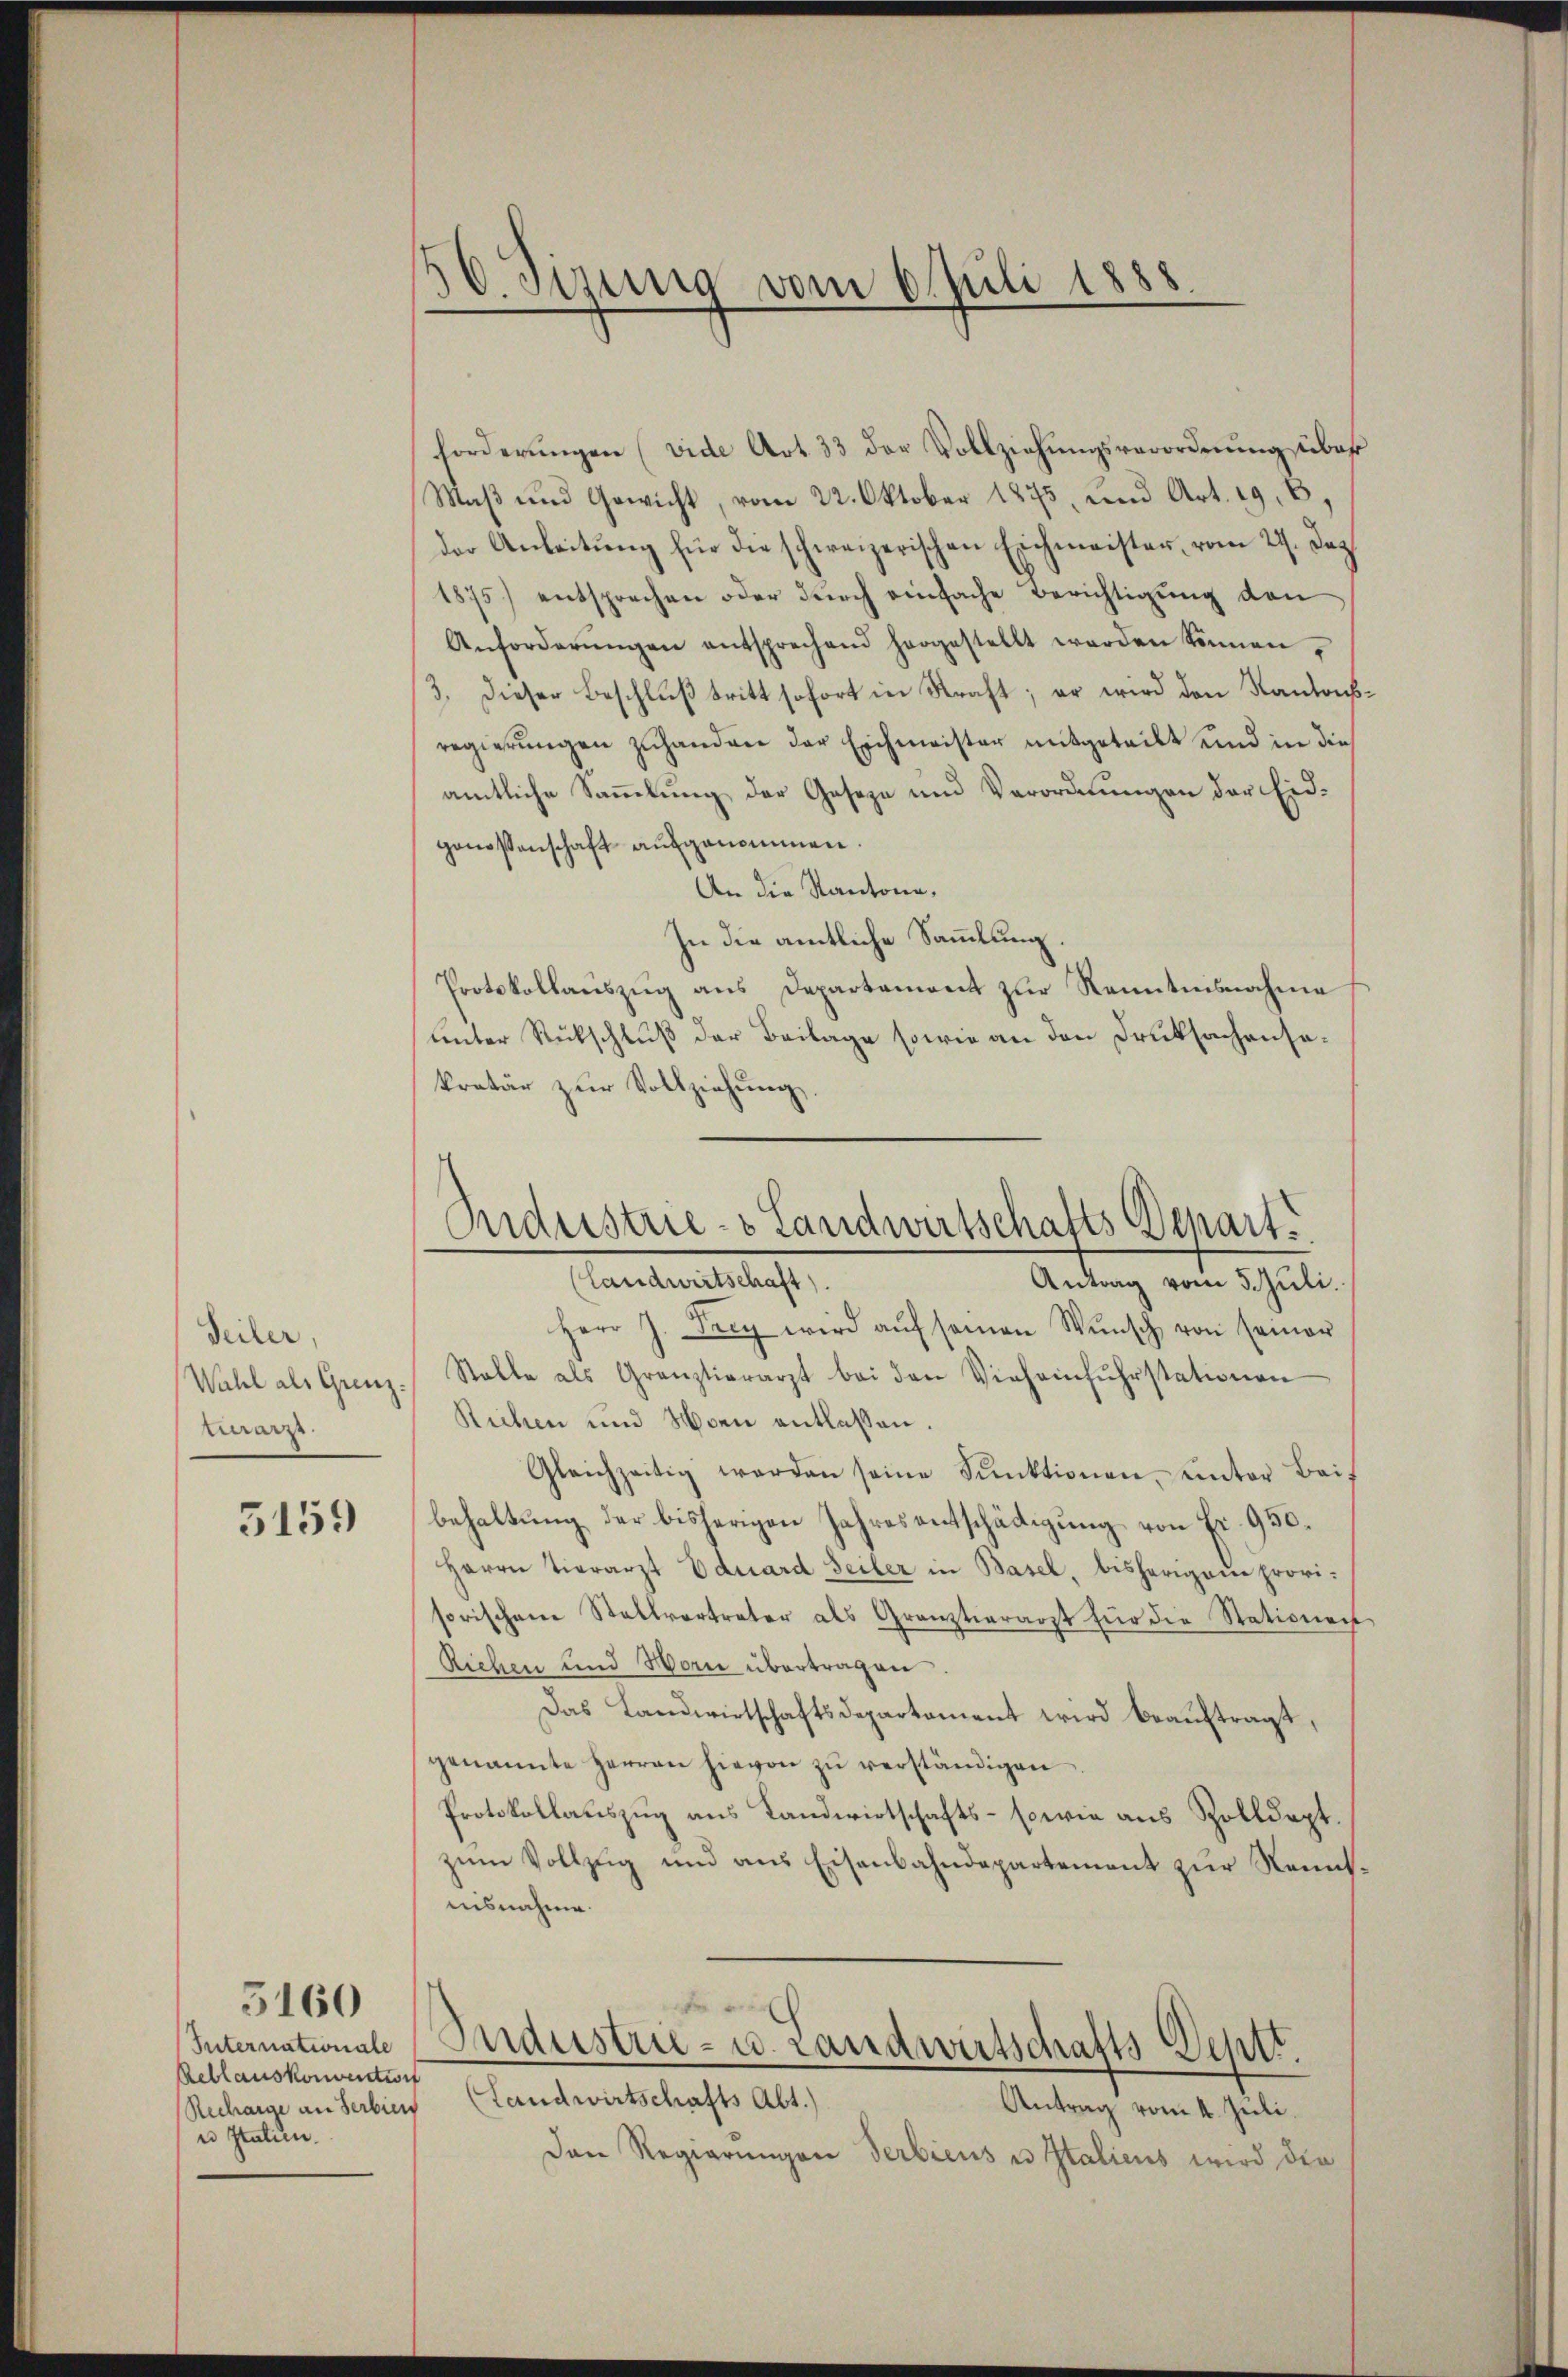
Seiler,
Karz.

5159

Internationale
Reblauskonvention
Recharge an Serbien
u Italien

5160

50. Sizung vom 6. Juli 1888.

forderungen (vide Art. 33 der Vollziehungsverordnung über
Maß und Gewicht, vom 22. Oktober 1875, und Art. 19. 8,
der Anleitung für die schweizerischen Eichmeister, vom 29. Dez.
1875) entsprechen oder dŭrch einfache Berichtigŭng von
Anforderŭngen entsprechend horgestellt werden können,
3. Dieser Beschluß tritt sofort in Straft; er wird den Kantonsregierŭngen zuhanden der Eichmeister mitgeteilt und in dies
amtliche Sammlung der Geseze und Verordnungen der Eidgenossenschaft aufgenommen.
An die Kantone,
In die amtliche Sammlung.
Protokollauszug aus Departement zur Kenntnisnahme
unter Rückschluß der Beilage sowie an den Druksachensakretär zur Vollziehung.
Herr J. Frey wird aŭf seinen Wŭnsch von seiner
Wahl als Grenz. Stalle als Graŭztierarzt bei den Viehainfŭhrstationen
Richen und 4ten entlassen.
Gleichzeitig werden seine Funktionen, unter Bei-
behaltung der bisherigen Jahresentschädigung von Fr. 950.
Herrn Tierarzt Eduard Seiler in Basel, bisherigen provisorischene Stallvertreter als Granztierarzt für die Stationen
Richen und Horn übertragen.
Das Landwirtschaftsdepartement wird beauftragt,
genannte Herren hievon zŭ verständigen
Protokollauszug aus Landwirtschafts- sowie aus Zolldept.
zum Vollzug und aus Eisenbahndepartement zur Neunsusnahme.
Industrie- u. Landwirtschafts Deptt.
(Landwirtschafts Abt.)
Antrag vom 4. Juli.
Den Regierungen Serbiens u Italiens wird den

Industrie- & Landwirtschafts Depart.
(Landwirtschaft)
Antrag vom 5. Juli.